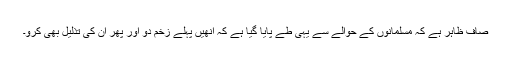
صاف ظاہر ہے کہ مسلمانوں کے حوالے سے یہی طے پایا گیا ہے کہ انھیں پہلے زخم دو اور پھر ان کی تذلیل بھی کرو۔